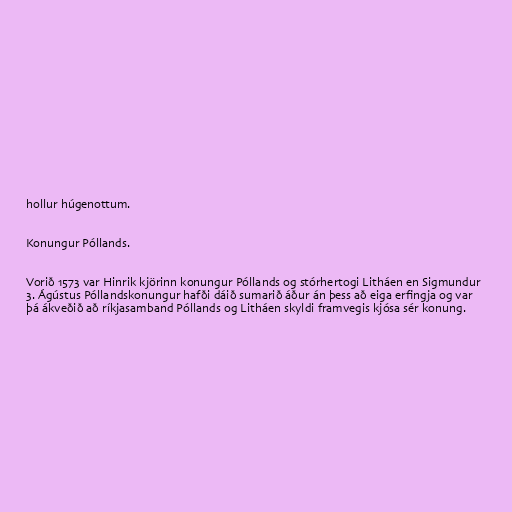
hollur húgenottum.

Konungur Póllands.

Vorið 1573 var Hinrik kjörinn konungur Póllands og stórhertogi Litháen en Sigmundur
3. Ágústus Póllandskonungur hafði dáið sumarið áður án þess að eiga erfingja og var
þá ákveðið að ríkjasamband Póllands og Litháen skyldi framvegis kjósa sér konung.